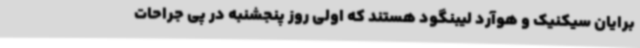
برایان سیکنیک و هوآرد لیبنگود هستند که اولی روز پنجشنبه در پی جراحات